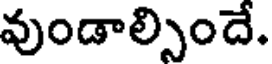
వుండాల్సిందే.